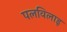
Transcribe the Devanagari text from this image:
पलविलाइ